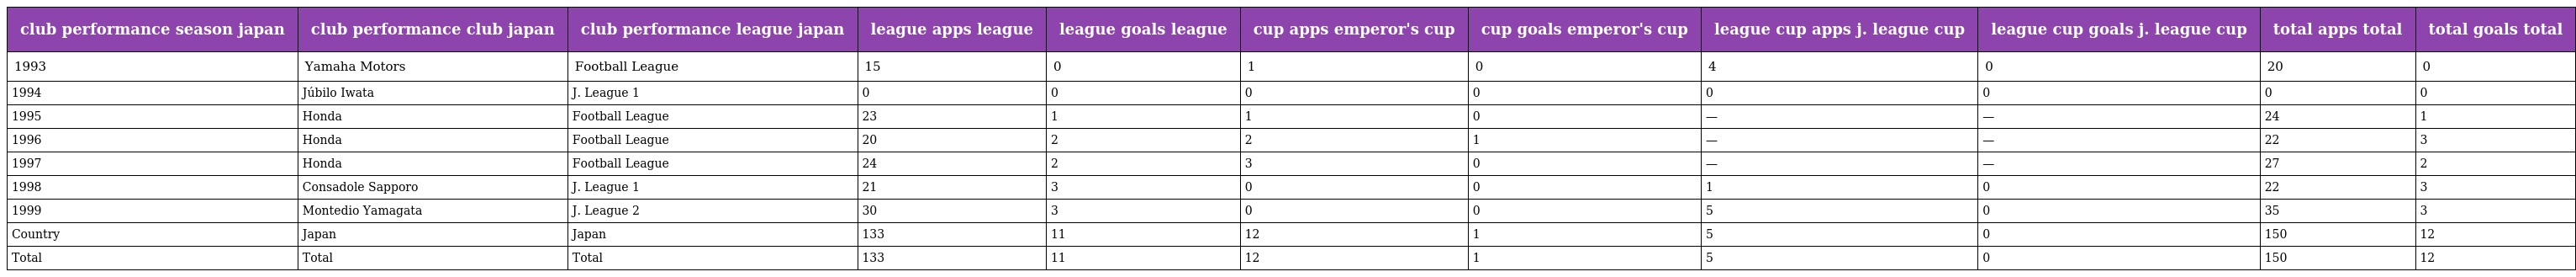
| club performance season japan | club performance club japan | club performance league japan | league apps league | league goals league | cup apps emperor's cup | cup goals emperor's cup | league cup apps j. league cup | league cup goals j. league cup | total apps total | total goals total |
 | --- | --- | --- | --- | --- | --- | --- | --- | --- | --- | --- |
 | 1993 | Yamaha Motors | Football League | 15 | 0 | 1 | 0 | 4 | 0 | 20 | 0 |
 | 1994 | Júbilo Iwata | J. League 1 | 0 | 0 | 0 | 0 | 0 | 0 | 0 | 0 |
 | 1995 | Honda | Football League | 23 | 1 | 1 | 0 | — | — | 24 | 1 |
 | 1996 | Honda | Football League | 20 | 2 | 2 | 1 | — | — | 22 | 3 |
 | 1997 | Honda | Football League | 24 | 2 | 3 | 0 | — | — | 27 | 2 |
 | 1998 | Consadole Sapporo | J. League 1 | 21 | 3 | 0 | 0 | 1 | 0 | 22 | 3 |
 | 1999 | Montedio Yamagata | J. League 2 | 30 | 3 | 0 | 0 | 5 | 0 | 35 | 3 |
 | Country | Japan | Japan | 133 | 11 | 12 | 1 | 5 | 0 | 150 | 12 |
 | Total | Total | Total | 133 | 11 | 12 | 1 | 5 | 0 | 150 | 12 |